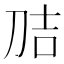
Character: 𭃕